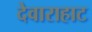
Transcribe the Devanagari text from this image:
देवाराहाट